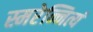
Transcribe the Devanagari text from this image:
स्मरेन्नित्यं